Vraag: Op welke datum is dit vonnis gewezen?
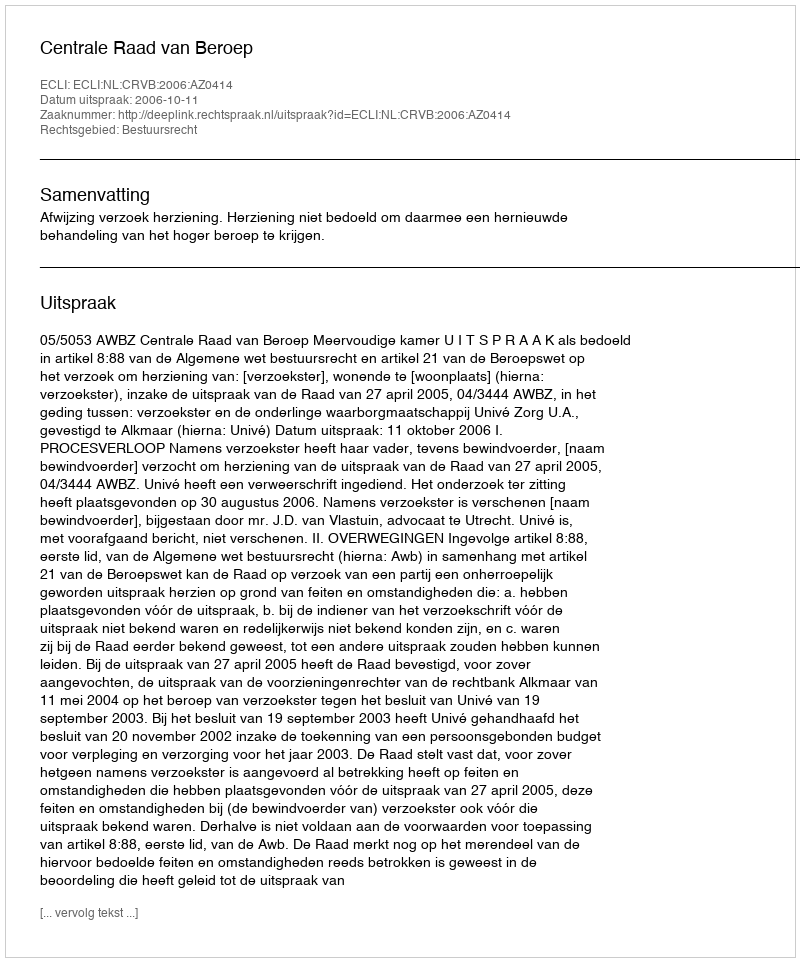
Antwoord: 2006-10-11